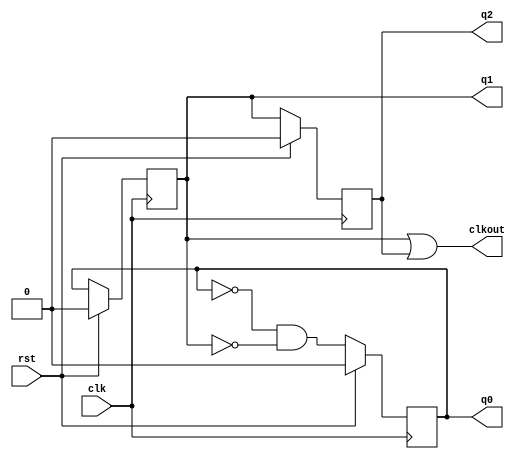
`timescale 1ns / 1ps
//////////////////////////////////////////////////////////////////////////////////
// Company: 
// Engineer: 
// 
// Design Name: 
// Module Name:    clk_div_by3 
// Project Name: 
// Target Devices: 
// Tool versions: 
// Description: 
//
// Dependencies: 
//
// Revision: 
// Revision 0.01 - File Created
// Additional Comments: 
//
//////////////////////////////////////////////////////////////////////////////////
module clk_div_by3(
    input clk,rst,
    output clkout,output reg q0,q1,q2
    );

wire d0;

always@(posedge clk)
begin
if(rst==1) begin
q0<=1'b0;
q1<=1'b0; end
else begin
q0<=d0;
q1<=q0; end
end

always@(negedge clk)  //for 50% duty cycle ff-3 is given with negedge clk, if posedge is provided 75%dutycyle is give at output
begin
if(rst==1) begin
q2<=1'b0; end
else begin
q2<=q1; end
end

assign d0= ~q0 &~q1;
assign clkout = q1 | q2;

endmodule